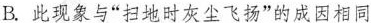
B.此现象与“扫地时灰尘飞扬”的成因相同